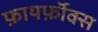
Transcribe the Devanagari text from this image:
फ़ायर्फ़ॉक्स